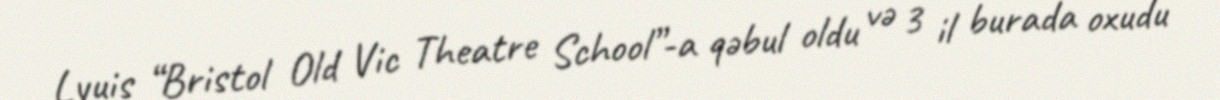
Lyuis “Bristol Old Vic Theatre School”-a qəbul oldu və 3 il burada oxudu